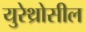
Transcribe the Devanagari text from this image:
युरेथ्रोसील